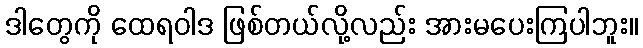
ဒါတွေကို ထေရဝါဒ ဖြစ်တယ်လို့လည်း အားမပေးကြပါဘူး။